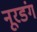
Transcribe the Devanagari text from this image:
नूरडंग